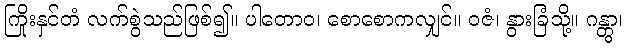
ကြိုးနှင်တံ လက်စွဲသည်ဖြစ်၍။ ပါတောဝ၊ စောစောကလျှင်။ ဝဇံ၊ နွားခြံသို့။ ဂန္တွာ၊